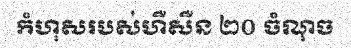
កំហុសរបស់ហឺសឺន ២០ ចំណុច